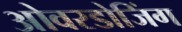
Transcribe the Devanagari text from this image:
ओवरडोजिंग